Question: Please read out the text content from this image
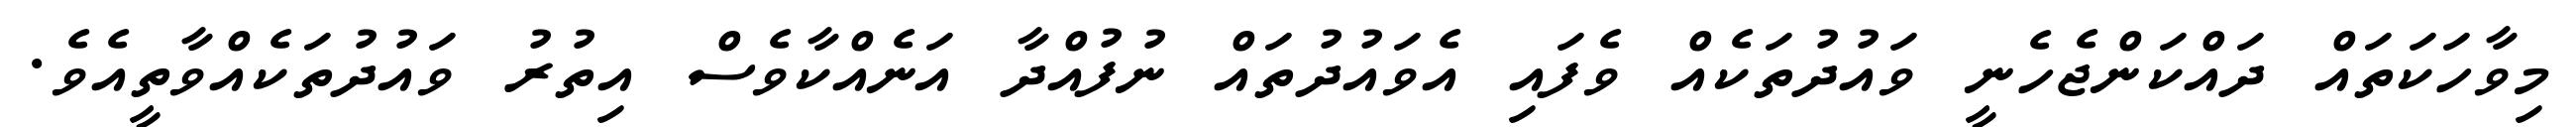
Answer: މިވާހަކަތައް ދައްކަންޖެހެނީ ވައުދުތަކެއް ވެފައި އެވައުދުތައް ނުފުއްދާ އަނެއްކާވެސް އިތުރު ވައުދުތަކެއްވާތީއެވެ.